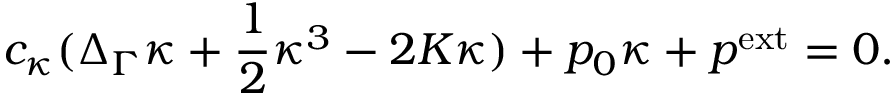
c _ { \kappa } ( \Delta _ { \Gamma } \kappa + \frac 1 2 \kappa ^ { 3 } - 2 K \kappa ) + p _ { 0 } \kappa + p ^ { \mathrm { e x t } } = 0 .